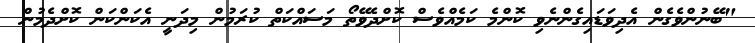
"ބޭނުންވެގެން އެދިވަޑައިގެންނެވި ކޮންމެ ކަމެއްވެސް ކޮށްދެވޭތޯ މަސައްކަތް ކުރަމުން މިދަނީ އެކަންކަން ކޮށްދެމުން